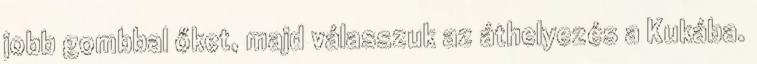
jobb gombbal őket, majd válasszuk az áthelyezés a Kukába.